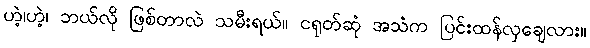
ဟဲ့၊ဟဲ့၊ ဘယ်လို ဖြစ်တာလဲ သမီးရယ်။ ငရုတ်ဆုံ အသံက ပြင်းထန်လှချေလား။